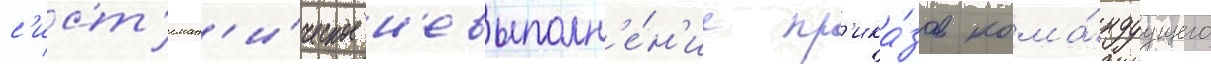
с'ист'емат'и́ческое н'евыполн'е́н'ие пр'ика́зов кома́ндуущего